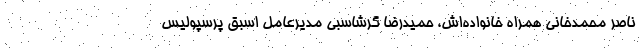
ناصر محمدخانی همراه خانواده‌اش، حمیدرضا گرشاسبی مدیرعامل اسبق پرسپولیس